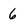
Character: 6